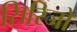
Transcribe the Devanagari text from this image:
सिरिजों